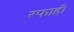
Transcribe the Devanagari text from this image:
रफाही